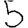
Digit: 5